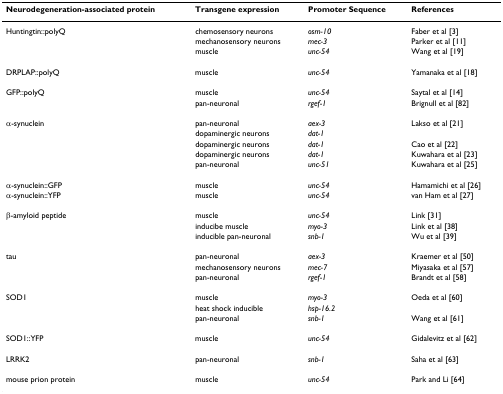
<table><thead><tr><td><b>Neurodegeneration-associated protein</b></td><td><b>Transgene expression</b></td><td><b>Promoter Sequence</b></td><td><b>References</b></td></tr></thead><tbody><tr><td>Huntingtin::polyQ</td><td>chemosensory neurons</td><td><i>osm-10</i></td><td>Faber et al [3]</td></tr><tr><td></td><td>mechanosensory neurons</td><td><i>mec-3</i></td><td>Parker et al [11]</td></tr><tr><td></td><td>muscle</td><td><i>unc-54</i></td><td>Wang et al [19]</td></tr><tr><td>DRPLAP::polyQ</td><td>muscle</td><td><i>unc-54</i></td><td>Yamanaka et al [18]</td></tr><tr><td>GFP::polyQ</td><td>muscle</td><td><i>unc-54</i></td><td>Saytal et al [14]</td></tr><tr><td></td><td>pan-neuronal</td><td><i>rgef-1</i></td><td>Brignull et al [82]</td></tr><tr><td>α-synuclein</td><td>pan-neuronal</td><td><i>aex-3</i></td><td>Lakso et al [21]</td></tr><tr><td></td><td>dopaminergic neurons</td><td><i>dat-1</i></td><td></td></tr><tr><td></td><td>dopaminergic neurons</td><td><i>dat-1</i></td><td>Cao et al [22]</td></tr><tr><td></td><td>dopaminergic neurons</td><td><i>dat-1</i></td><td>Kuwahara et al [23]</td></tr><tr><td></td><td>pan-neuronal</td><td><i>unc-51</i></td><td>Kuwahara et al [25]</td></tr><tr><td>α-synuclein::GFP</td><td>muscle</td><td><i>unc-54</i></td><td>Hamamichi et al [26]</td></tr><tr><td>α-synuclein::YFP</td><td>muscle</td><td><i>unc-54</i></td><td>van Ham et al [27]</td></tr><tr><td>β-amyloid peptide</td><td>muscle</td><td><i>unc-54</i></td><td>Link [31]</td></tr><tr><td></td><td>inducibe muscle</td><td><i>myo-3</i></td><td>Link et al [38]</td></tr><tr><td></td><td>inducible pan-neuronal</td><td><i>snb-1</i></td><td>Wu et al [39]</td></tr><tr><td>tau</td><td>pan-neuronal</td><td><i>aex-3</i></td><td>Kraemer et al [50]</td></tr><tr><td></td><td>mechanosensory neurons</td><td><i>mec-7</i></td><td>Miyasaka et al [57]</td></tr><tr><td></td><td>pan-neuronal</td><td><i>rgef-1</i></td><td>Brandt et al [58]</td></tr><tr><td>SOD1</td><td>muscle</td><td><i>myo-3</i></td><td>Oeda et al [60]</td></tr><tr><td></td><td>heat shock inducible</td><td><i>hsp-16.2</i></td><td></td></tr><tr><td></td><td>pan-neuronal</td><td><i>snb-1</i></td><td>Wang et al [61]</td></tr><tr><td>SOD1::YFP</td><td>muscle</td><td><i>unc-54</i></td><td>Gidalevitz et al [62]</td></tr><tr><td>LRRK2</td><td>pan-neuronal</td><td><i>snb-1</i></td><td>Saha et al [63]</td></tr><tr><td>mouse prion protein</td><td>muscle</td><td><i>unc-54</i></td><td>Park and Li [64]</td></tr></tbody></table>